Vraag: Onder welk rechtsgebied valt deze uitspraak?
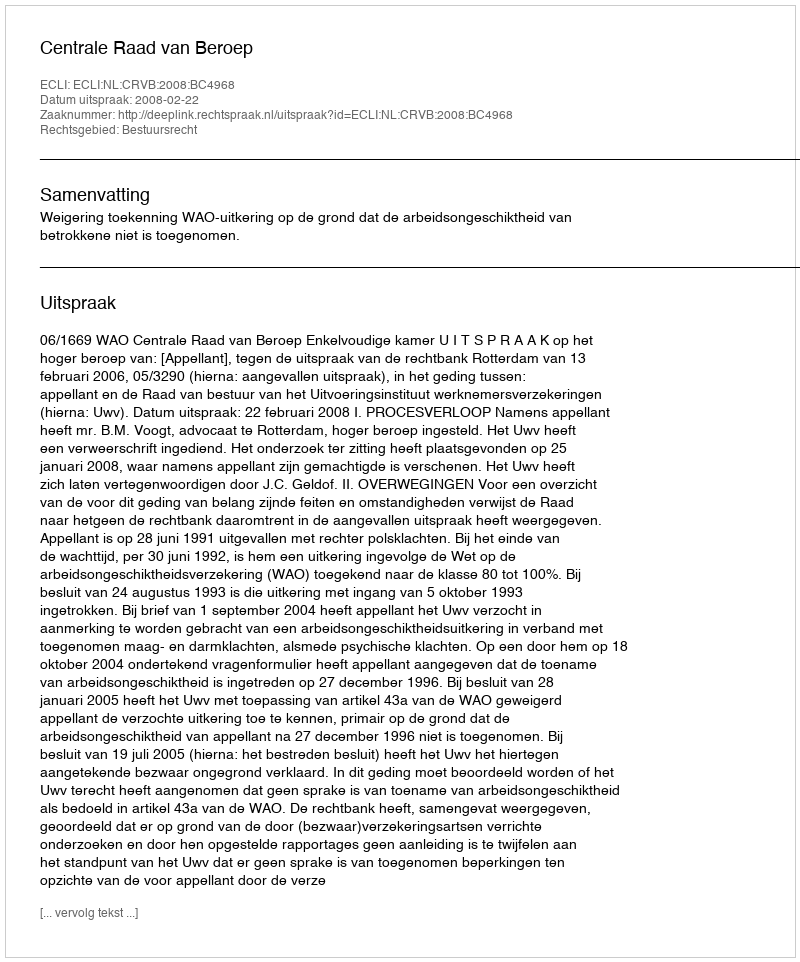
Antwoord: Bestuursrecht